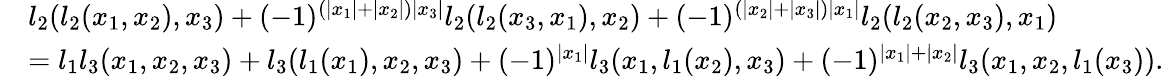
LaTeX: \begin{array}{rl}&{l_{2}(l_{2}(x_{1},x_{2}),x_{3})+(-1)^{(|x_{1}|+|x_{2}|)|x_{3}|}l_{2}(l_{2}(x_{3},x_{1}),x_{2})+(-1)^{(|x_{2}|+|x_{3}|)|x_{1}|}l_{2}(l_{2}(x_{2},x_{3}),x_{1})}\\ &{=l_{1}l_{3}(x_{1},x_{2},x_{3})+l_{3}(l_{1}(x_{1}),x_{2},x_{3})+(-1)^{|x_{1}|}l_{3}(x_{1},l_{1}(x_{2}),x_{3})+(-1)^{|x_{1}|+|x_{2}|}l_{3}(x_{1},x_{2},l_{1}(x_{3})).}\end{array}